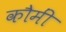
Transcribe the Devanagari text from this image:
कौमीं